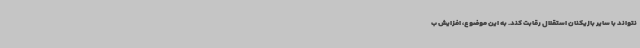
نتواند با سایر بازیکنان استقلال رقابت کند. به این موضوع، افزایش ب